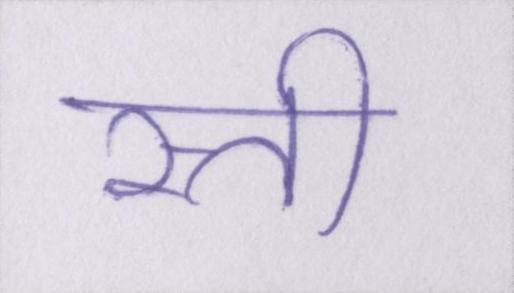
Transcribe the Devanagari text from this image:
रत्ती